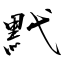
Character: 黓